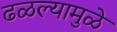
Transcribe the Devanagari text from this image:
ढळल्यामुळे